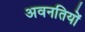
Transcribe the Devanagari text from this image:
अवनतियों